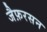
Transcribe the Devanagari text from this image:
जैफ़रसन